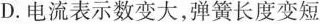
D.电流表示数变大，弹簧长度变短